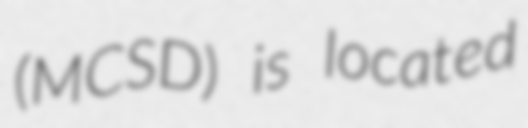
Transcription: (MCSD) is located